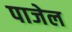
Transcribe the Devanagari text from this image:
पाजेल